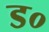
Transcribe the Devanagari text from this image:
ड०